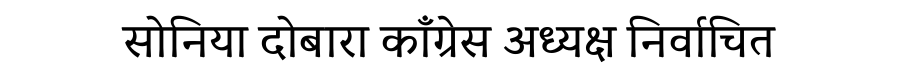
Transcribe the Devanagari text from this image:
सोनिया दोबारा काँग्रेस अध्यक्ष निर्वाचित